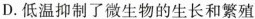
D.低温抑制了微生物的生长和繁殖